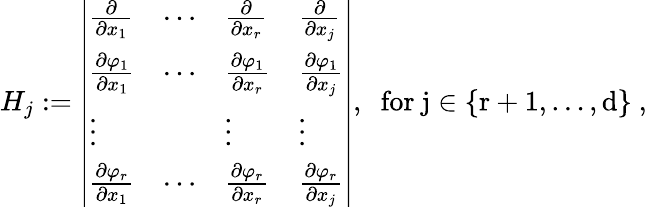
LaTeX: H_{j}:=\left|\begin{array}{llll}{\frac{\partial}{\partial x_{1}}}&{\cdots}&{\frac{\partial}{\partial x_{r}}}&{\frac{\partial}{\partial x_{j}}}\\ {\frac{\partial\varphi_{1}}{\partial x_{1}}}&{\cdots}&{\frac{\partial\varphi_{1}}{\partial x_{r}}}&{\frac{\partial\varphi_{1}}{\partial x_{j}}}\\ {\vdots}&&{\vdots}&{\vdots}\\ {\frac{\partial\varphi_{r}}{\partial x_{1}}}&{\cdots}&{\frac{\partial\varphi_{r}}{\partial x_{r}}}&{\frac{\partial\varphi_{r}}{\partial x_{j}}}\end{array}\right|,\; \mathrm{~for~j\in\{ r+1,\ldots,d\} ~},